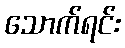
သောက်ရင်း